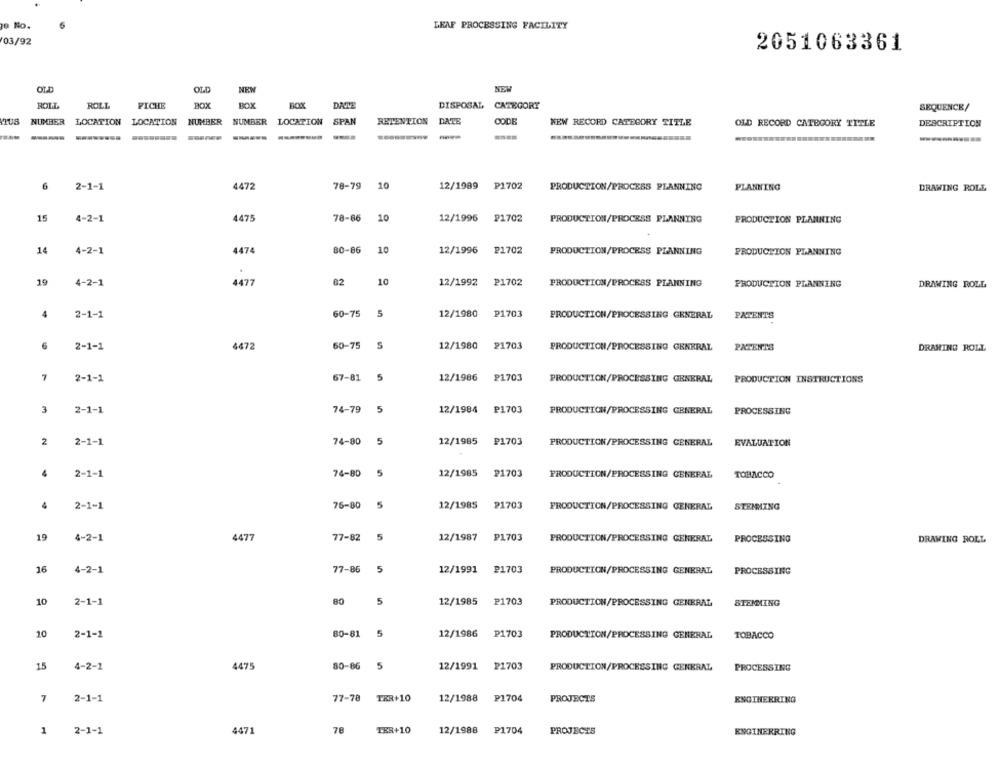
e No.
LEAF PROCESSING FACILITY
03/92
2051063361
OLD
OLD
ROLL
ROLL
FICHE
BOX
BOX
BOXX
DAVE
DISPOSAL CATEGORY
SEQUENCE/
NUMBER
LOCATION LOCATION
NUMBER
NUMBER
LOCATION
SPAN
RETENTION
DATE
CODE
NEW RECORD CATEGORY TITLE
OLD RECORD CATEGORY TITLE
DESCRIPTION
2-1-1
78-79
10
12/1989
P1702
6
4472
PRODUCTION/PROCESS PLANNING
PLANNING
DRAWING ROLL
15
4-2-
4475
78-86
10
12/1996
P1702
PRODUCTION/PROCESS PLANNING
PRODUCTION PLANNING
14
4-2-1
4474
80-86
10
12/1996
P1702
PRODUCTION/PROCESS PLANNING
PRODUCTION PLANNING
19
4-2-1
1477
82
10
12/1992
P1702
PRODUCTION/PROCESS PLANNING
PRODUCTION PLANNING
DRAWING ROLL
4
2-1-1
60-75
5
12/1980
P1703
PRODUCTION/PROCESSING GENERAL
PATENTS
6
2-1-1
4472
60-75
S
12/1980
21703
PRODUCTION/PROCESSING GENERAL
PATENTS
DRAWING ROLL
7
67-81
5
12/1986
P1703
2-1-1
PRODUCTION/PROCESSING GENERAL
PRODUCTION INSTRUCTIONS
3
2-1-1
74-79
5
12/1984
P1703
PRODUCTION/PROCESSING GENERAL
PROCESSING
2
2-1-1
74-80
5
12/1985
P1703
PRODUCTION/PROCESSING GENERAL
EVALUATION
2-1-1
74-80
5
12/1985
P1703
PRODUCTION/PROCESSING GENERAL
TOBACCO
4
2-1-1
76-80
5
12/1985
₱1703
PRODUCTION/PROCESSING GENERAL
STEMMING
19
4-2-1
4477
77-82
5
12/1987
P1703
PRODUCTION/PROCESSING GENERAL
PROCESSING
DRAWING ROLL
77-86
5
16
4-2-1
12/1991
₽1703
PRODUCTION/PROCESSING GENERAL,
PROCESSING
10
2-1-1
80
5
12/1985
P1703
PRODUCTION/PROCESSING GENERAL
STEMMING
10
2-1-1
80-81
5
12/1986
P1703
PRODUCTION/PROCESSING GENERAL
TOBACCO
15
4-2-1
4475
80-86
5
12/1991 21703
PRODUCTION/PROCESSING GENERAL,
PROCESSING
7
2-1-1
77-78
TER+10
12/1988
P1704
PROJECTS
ENGINEERING
1
2-1-1
4471
78
TER+10
12/1988
P1704
PROJECTS
ENGINERRING